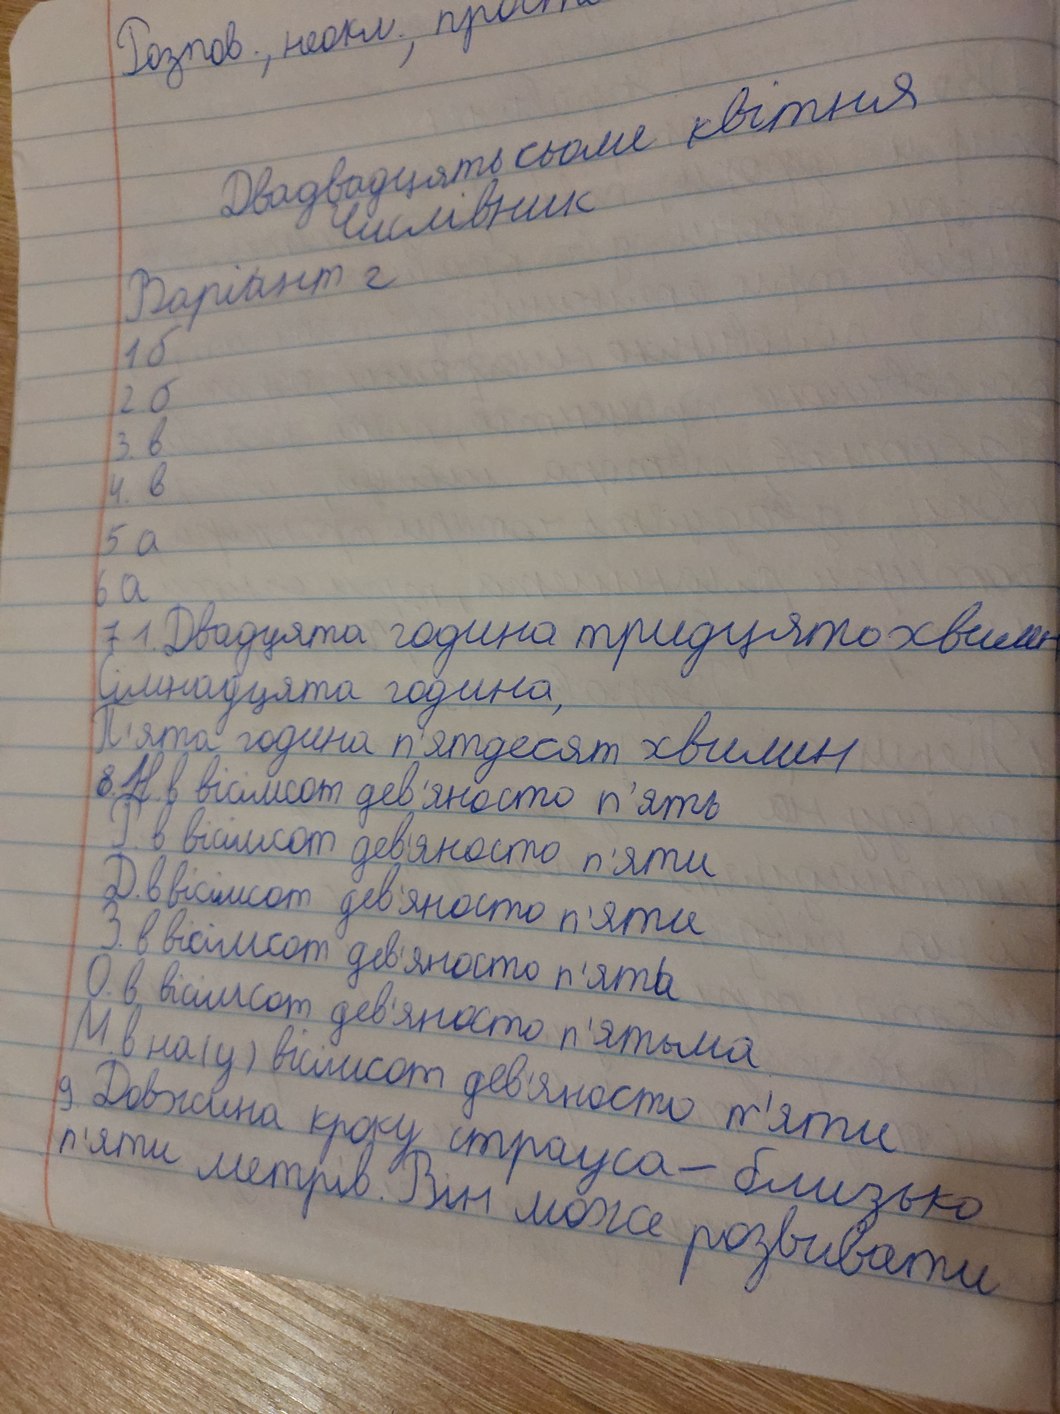
Госпов., неокл., прост.
Двадцять сьоме квітня
Числівник
Варіант 2
1 б
2 б
3в
4 в
5 б
6 a
7. Двадцята година тридцять хвилин
сімнадцята година,
П'ята година п'ятдесят хвилин
8. Н. в вісімсот дев'яносто п'ять
Р вісімсот дев'яносто п'яти
Д. в вісімсот дев'яносто п'яти
З. в вісімсот дев'яносто п'ять
О. в вісімсот дев'яносто п'ятьма
М в на(у) вісімсот дев'яносто п'яти
Довжина кроку страуса - близько
п'яти метрів. Він може розвивати